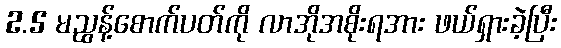
2.5 မညွန့်စောက်ပတ်ကို လာအိုအစိုးရအား ဖယ်ရှားခဲ့ပြီး